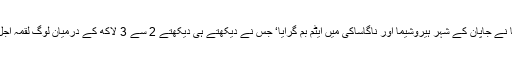
امریکا نے جاپان کے شہر ہیروشیما اور ناگاساکی میں ایٹم بم گرایا‘ جس نے دیکھتے ہی دیکھتے 2 سے 3 لاکھ کے درمیان لوگ لقمہ اجل بنے۔